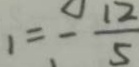
1 = - \frac { 1 2 } { 5 }